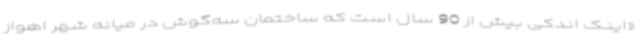
«اینک اندکی بیش از 90 سال است که ساختمان سه‌گوش در میانه شهر اهواز